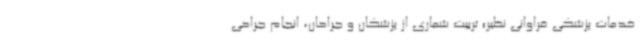
خدمات پزشکی فراوانی نظیر؛ تربیت شماری از پزشکان و جراحان، انجام جراحی